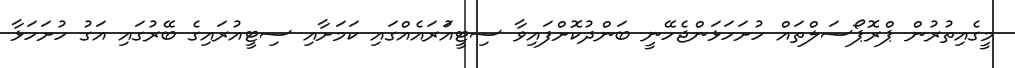
މީގެއިތުރުން ޕްރޮޕޯސަލްތައް ހުށަހަޅަންޖެހޭނީ ބަންދުކޮށްފައިވާ ސިޓީއުަރައެއްގައި ކަމަށާއި ސިޓީއުރައިގެ ބޭރުގައި އަގު ހުށަހަޅާ